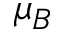
\mu _ { B }